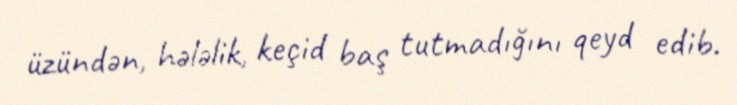
üzündən, hələlik, keçid baş tutmadığını qeyd edib.